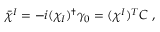
\bar { \chi } ^ { I } = - i ( \chi _ { I } ) ^ { \dagger } \gamma _ { 0 } = ( \chi ^ { I } ) ^ { T } { \cal C } \ ,